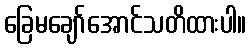
ခြေမချော်အောင်သတိထားပါ။